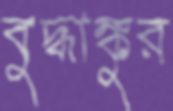
বুদ্ধাঙ্কুর